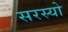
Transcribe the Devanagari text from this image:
सरस्‍यो